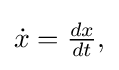
{\textstyle {\dot {x}}={\frac {dx}{dt}},}